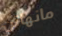
مانهاتن